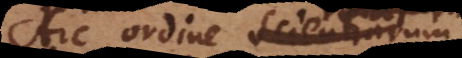
Hic ordine scientiarum,